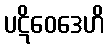
ပဋိဝေဒေဟိ